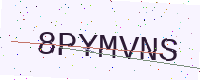
Text: 8PYMVNS